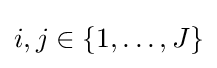
i,j\in \{1,\dots ,J\}